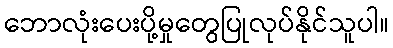
ဘောလုံးပေးပို့မှုတွေပြုလုပ်နိုင်သူပါ။